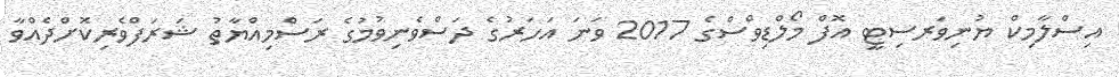
އިސްލާމިކް ޔުނިވަރސިޓީ އޮފް މޯލްޑިވްސްގެ 2017 ވަނަ އަހަރުގެ ދަސްވެނިވުމުގެ ރަސްމިއްޔާތު ޝަރަފްވެރިކޮށްދެއްވާ